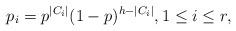
LaTeX: \begin{align*}p_i=p^{|C_i|}(1-p)^{h-|C_i|},1\leq i\leq r,\end{align*}